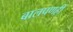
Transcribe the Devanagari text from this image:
बालपणही